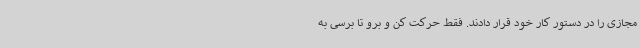
مجازی را در دستور کار خود قرار دادند. فقط حرکت کن و برو تا برسی به